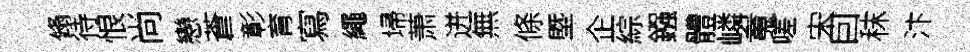
翛待恨尚戀蒼彰育寫繩埽萧迸無條塈企綜鏹體嶙䰟嗟宋囙秣汴